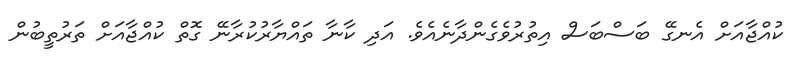
ކުއްޖާއަށް އެނގޭ ބަސްބަސް އިތުރުވެގެންދާނެއެވެ. އަދި ކާނާ ތައްޔާރުކުރާނޭ ގޮތް ކުއްޖާއަށް ތަރުތީބުން